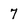
Character: 7